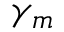
\gamma _ { m }